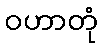
ဝဟာတုံ